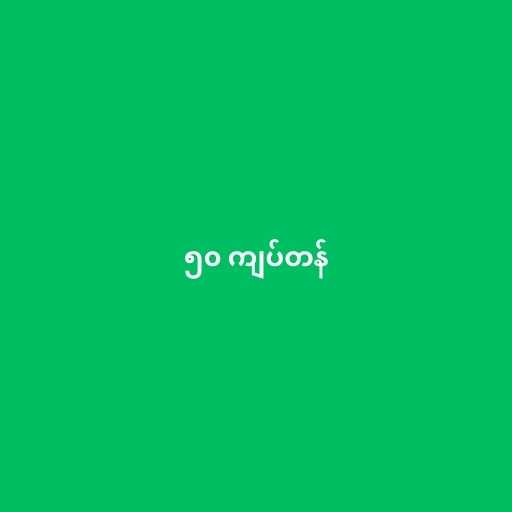
၅၀ ကျပ်တန်